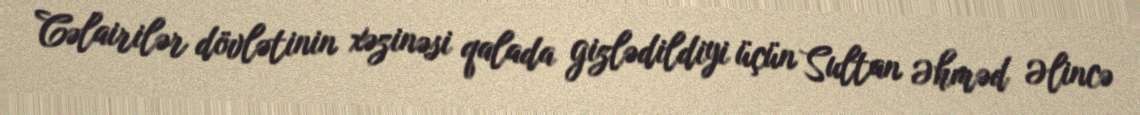
Cəlairilər dövlətinin xəzinəsi qalada gizlədildiyi üçün Sultan Əhməd Əlincə